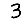
Digit: 3